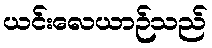
ယင်းလေယာဉ်သည်